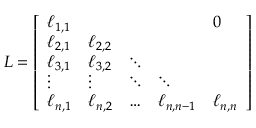
L = { \left[ \begin{array} { l l l l l } { \ell _ { 1 , 1 } } & { } & { } & { } & { 0 } \\ { \ell _ { 2 , 1 } } & { \ell _ { 2 , 2 } } & { } & { } & { } \\ { \ell _ { 3 , 1 } } & { \ell _ { 3 , 2 } } & { \ddots } & { } & { } \\ { \vdots } & { \vdots } & { \ddots } & { \ddots } & { } \\ { \ell _ { n , 1 } } & { \ell _ { n , 2 } } & { \ldots } & { \ell _ { n , n - 1 } } & { \ell _ { n , n } } \end{array} \right] }